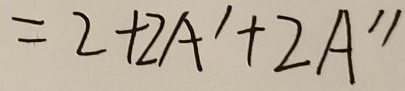
= 2 + 2 A ^ { \prime } + 2 A ^ { \prime \prime }